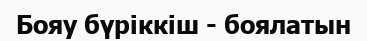
Бояу бүріккіш - боялатын